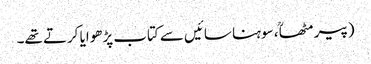
(پیر مٹھاؒ ، سوہنا سائیں سے کتاب پڑھوایا کرتے تھے۔